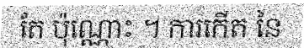
តែ ប៉ុណ្ណោះ ។ ការកើត នៃ